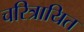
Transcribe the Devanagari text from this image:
चरित्रायित